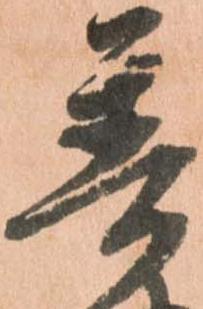
普